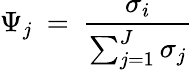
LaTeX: \Psi_{j}\: =\: \frac{\sigma_{i}}{\sum_{j=1}^{J}{\sigma_{j}}}